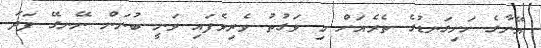
އޭނާގެ ހަށިގަނޑުގެ ތެރެއަށް މި ވަގުތު ވެރިވެފައި ވަނީ ބުނަން ނޭނގޭ ފަދަ